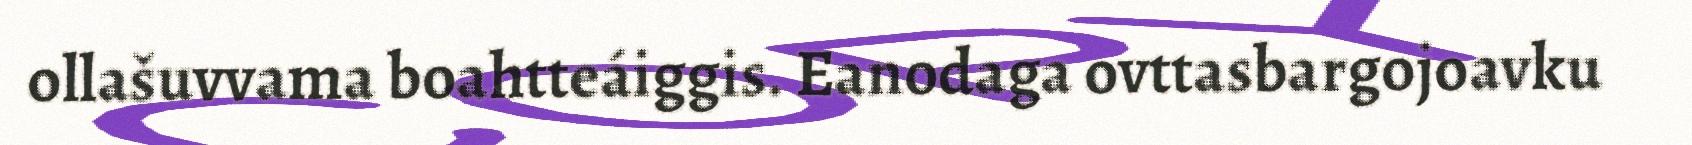
ollašuvvama boahtteáiggis. Eanodaga ovttasbargojoavku